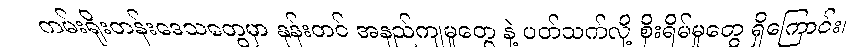
ကမ်းရိုးတန်းဒေသတွေမှာ နုန်းတင် အနည်ကျမှုတွေ နဲ့ ပတ်သက်လို့ စိုးရိမ်မှုတွေ ရှိကြောင်း၊